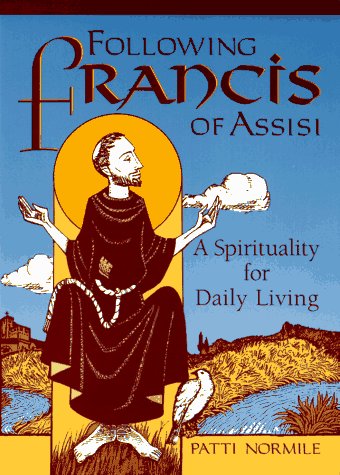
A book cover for Following Francis of Assisi: A Spirituality for Daily Living; Patti Normile; Christian Books & Bibles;